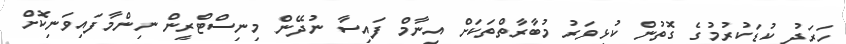
ހަރަދު ކުޑަކުރުމުގެ ގޮތުން ކުޅިވަރު މުބާރާތްތަކަށް އިނާމް ފައިސާ ނުދޭން މިނިސްޓްރީން ނިންމާފައިވަނިކޮށް